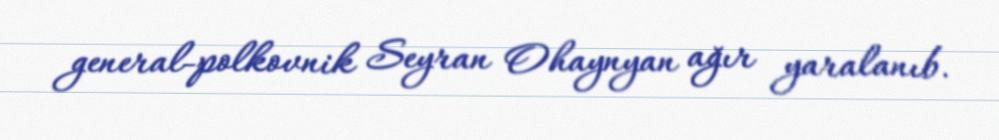
general-polkovnik Seyran Ohaynyan ağır yaralanıb.